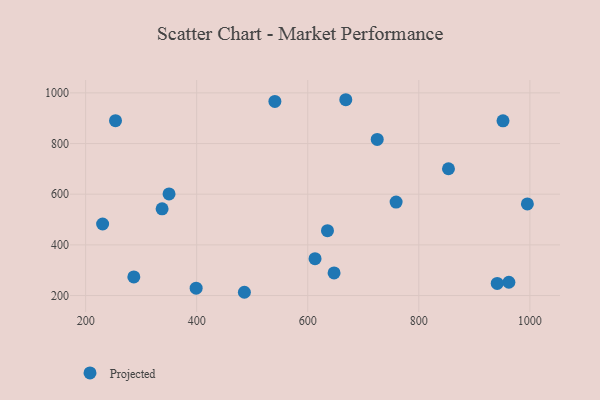
{"axis": {"x": "Speed", "y": "Fuel Efficiency"}, "legend": ["Projected"], "data": [{"x": "253.8", "y": 890.1, "type": "Projected"}, {"x": "540.8", "y": 966.2, "type": "Projected"}, {"x": "337.7", "y": 542.3, "type": "Projected"}, {"x": "962.2", "y": 252.3, "type": "Projected"}, {"x": "230.6", "y": 482.3, "type": "Projected"}, {"x": "350.2", "y": 600.9, "type": "Projected"}, {"x": "635.5", "y": 455.9, "type": "Projected"}, {"x": "951.6", "y": 889.7, "type": "Projected"}, {"x": "399.0", "y": 228.9, "type": "Projected"}, {"x": "647.4", "y": 289.2, "type": "Projected"}, {"x": "725.1", "y": 816.1, "type": "Projected"}, {"x": "668.5", "y": 973.0, "type": "Projected"}, {"x": "286.8", "y": 273.3, "type": "Projected"}, {"x": "995.5", "y": 561.6, "type": "Projected"}, {"x": "941.2", "y": 247.8, "type": "Projected"}, {"x": "613.1", "y": 345.4, "type": "Projected"}, {"x": "853.4", "y": 700.5, "type": "Projected"}, {"x": "485.9", "y": 212.8, "type": "Projected"}, {"x": "759.1", "y": 568.8, "type": "Projected"}]}